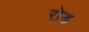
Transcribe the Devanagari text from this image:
रोड